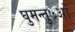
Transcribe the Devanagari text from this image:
घुमन्तु७ओं